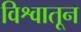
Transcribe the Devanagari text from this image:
विश्वातून